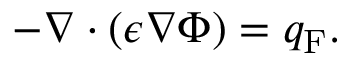
- \nabla \cdot ( \epsilon \nabla \Phi ) = q _ { \mathrm { F } } .